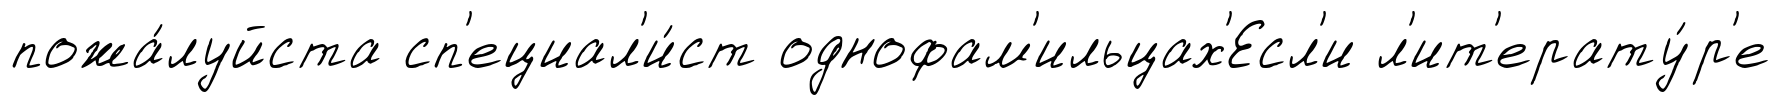
пожа́луйста сп'ециал'и́ст однофам'ильцах'Есл'и л'ит'ерату́р'е